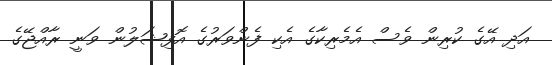
އަދި އޭގެ ކުރިން ވެސް އެމެރިކާގެ އެކި ފެންވަރުގެ އޮފިޝަލުން ވަނީ ރާއްޖޭގެ